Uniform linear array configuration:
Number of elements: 24
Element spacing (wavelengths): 0.25
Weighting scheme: cosine
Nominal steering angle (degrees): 60
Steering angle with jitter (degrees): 59.93
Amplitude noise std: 0.05
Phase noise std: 0.05

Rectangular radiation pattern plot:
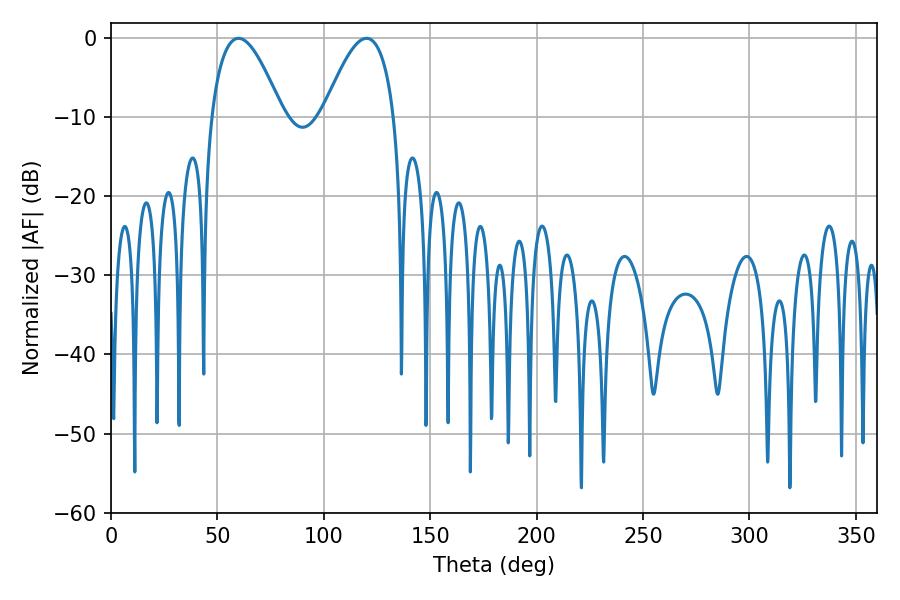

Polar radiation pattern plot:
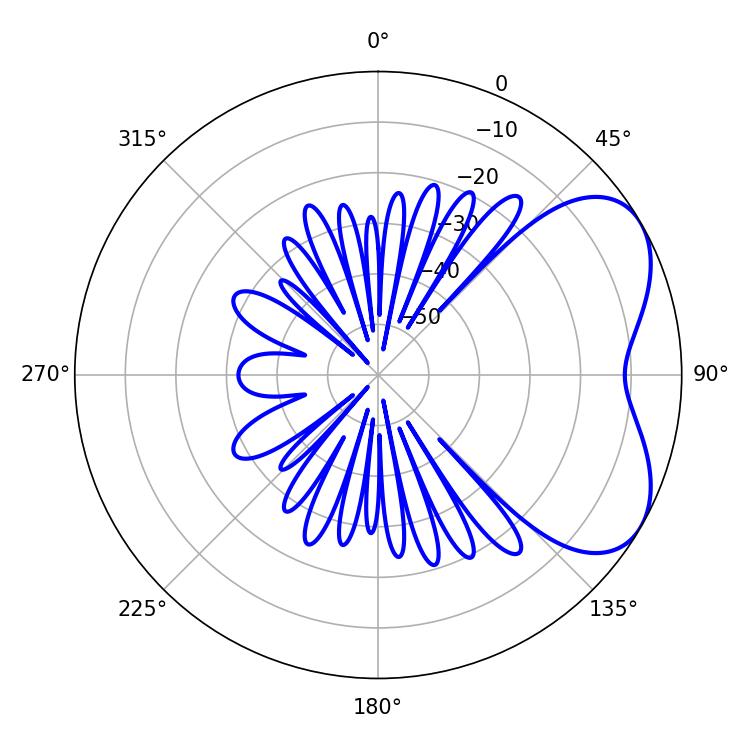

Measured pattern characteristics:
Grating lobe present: FALSE
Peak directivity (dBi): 5.071
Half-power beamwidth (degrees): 18.18
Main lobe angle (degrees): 59.94